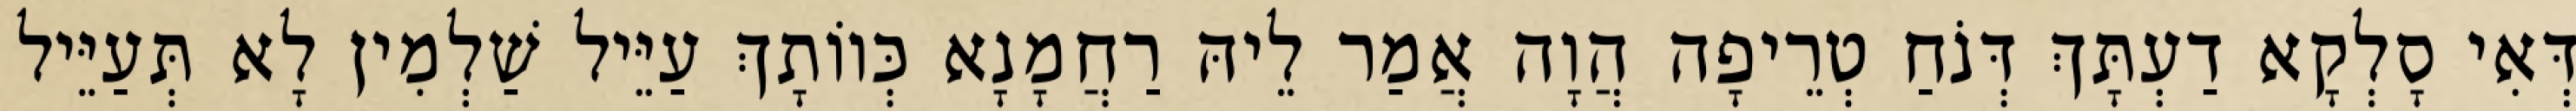
דְּאִי סָלְקָא דַעְתָּךְ דְּנֹחַ טְרֵיפָה הֲוָה אֲמַר לֵיהּ רַחֲמָנָא כְּווֹתָךְ עַיֵּיל שַׁלְמִין לָא תְּעַיֵּיל